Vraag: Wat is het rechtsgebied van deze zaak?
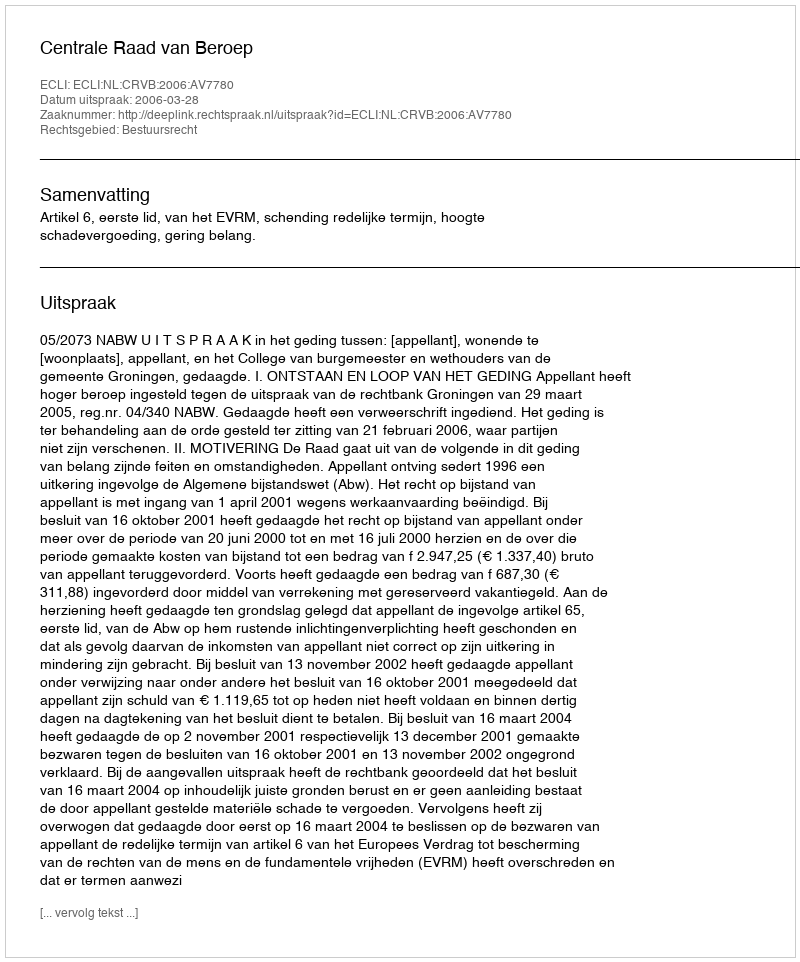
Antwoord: Bestuursrecht